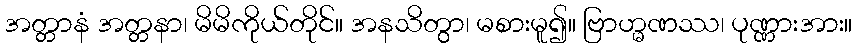
အတ္တာနံ အတ္တနာ၊ မိမိကိုယ်တိုင်။ အနသိတွာ၊ မစားမူ၍။ ဗြာဟ္မဏဿ၊ ပုဏ္ဏားအား။